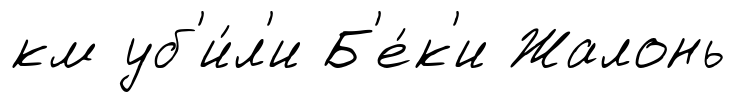
км уб'и́л'и Б'е́к'и Жалонь